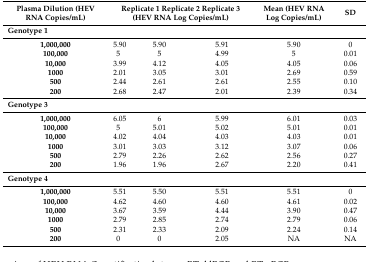
<table><thead><tr><td><b>Plasma Dilution (HEV RNA Copies/mL)</b></td><td colspan="3"><b>Replicate 1 Replicate 2 Replicate 3 (HEV RNA Log Copies/mL)</b></td><td><b>Mean (HEV RNA Log Copies/mL)</b></td><td><b>SD</b></td></tr></thead><tbody><tr><td colspan="6"><b>Genotype 1</b></td></tr><tr><td><b>1,000,000</b></td><td>5.90</td><td>5.90</td><td>5.91</td><td>5.90</td><td>0</td></tr><tr><td><b>100,000</b></td><td>5</td><td>5</td><td>4.99</td><td>5</td><td>0.01</td></tr><tr><td><b>10,000</b></td><td>3.99</td><td>4.12</td><td>4.05</td><td>4.05</td><td>0.06</td></tr><tr><td><b>1000</b></td><td>2.01</td><td>3.05</td><td>3.01</td><td>2.69</td><td>0.59</td></tr><tr><td><b>500</b></td><td>2.44</td><td>2.61</td><td>2.61</td><td>2.55</td><td>0.10</td></tr><tr><td><b>200</b></td><td>2.68</td><td>2.47</td><td>2.01</td><td>2.39</td><td>0.34</td></tr><tr><td colspan="6"><b>Genotype 3</b></td></tr><tr><td><b>1,000,000</b></td><td>6.05</td><td>6</td><td>5.99</td><td>6.01</td><td>0.03</td></tr><tr><td><b>100,000</b></td><td>5</td><td>5.01</td><td>5.02</td><td>5.01</td><td>0.01</td></tr><tr><td><b>10,000</b></td><td>4.02</td><td>4.04</td><td>4.03</td><td>4.03</td><td>0.01</td></tr><tr><td><b>1000</b></td><td>3.01</td><td>3.03</td><td>3.12</td><td>3.07</td><td>0.06</td></tr><tr><td><b>500</b></td><td>2.79</td><td>2.26</td><td>2.62</td><td>2.56</td><td>0.27</td></tr><tr><td><b>200</b></td><td>1.96</td><td>1.96</td><td>2.67</td><td>2.20</td><td>0.41</td></tr><tr><td colspan="6"><b>Genotype 4</b></td></tr><tr><td><b>1,000,000</b></td><td>5.51</td><td>5.50</td><td>5.51</td><td>5.51</td><td>0</td></tr><tr><td><b>100,000</b></td><td>4.62</td><td>4.60</td><td>4.60</td><td>4.61</td><td>0.02</td></tr><tr><td><b>10,000</b></td><td>3.67</td><td>3.59</td><td>4.44</td><td>3.90</td><td>0.47</td></tr><tr><td><b>1000</b></td><td>2.79</td><td>2.85</td><td>2.74</td><td>2.79</td><td>0.06</td></tr><tr><td><b>500</b></td><td>2.31</td><td>2.33</td><td>2.09</td><td>2.24</td><td>0.14</td></tr><tr><td><b>200</b></td><td>0</td><td>0</td><td>2.05</td><td>NA</td><td>NA</td></tr></tbody></table>